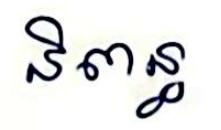
និពន្ធ